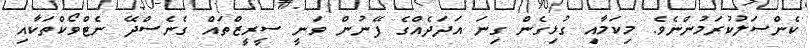
ކެންސަލުކުރަމުންނެވެ. މިކަމާއި ގުޅިގެން ގިނަ އަދަދެއްގެ ފޭނުން ވަނީ ސީރީޒްތައް ގެނެސްދޭ ނެޓްވޯކްތަކާއި